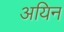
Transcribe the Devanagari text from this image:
अयिन